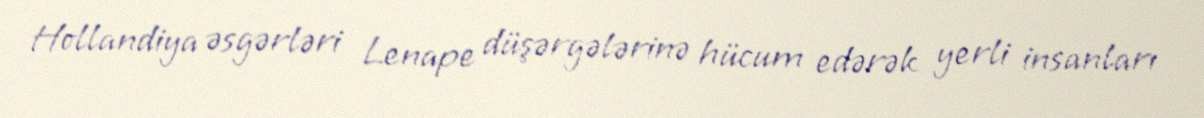
Hollandiya əsgərləri Lenape düşərgələrinə hücum edərək yerli insanları